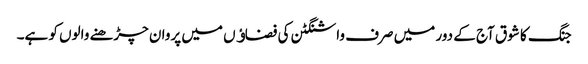
جنگ کا شوق آج کے دور میں صرف واشنگٹن کی فضاﺅں میں پروان چڑھنے والوں کو ہے۔